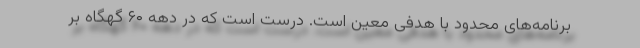
برنامه‌های محدود با هدفی معین است. درست است که در دهه ۶۰ گهگاه بر